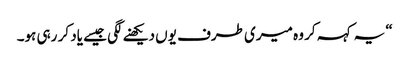
“ یہ کہہ کر وہ میری طرف یوں دیکھنے لگی جیسے یاد کر رہی ہو۔